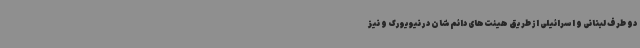
دو طرف لبنانی و اسرائیلی از طریق هیئت‌های دائم‌شان در نیویورک و نیز